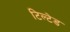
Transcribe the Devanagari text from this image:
टिल्‍टेड